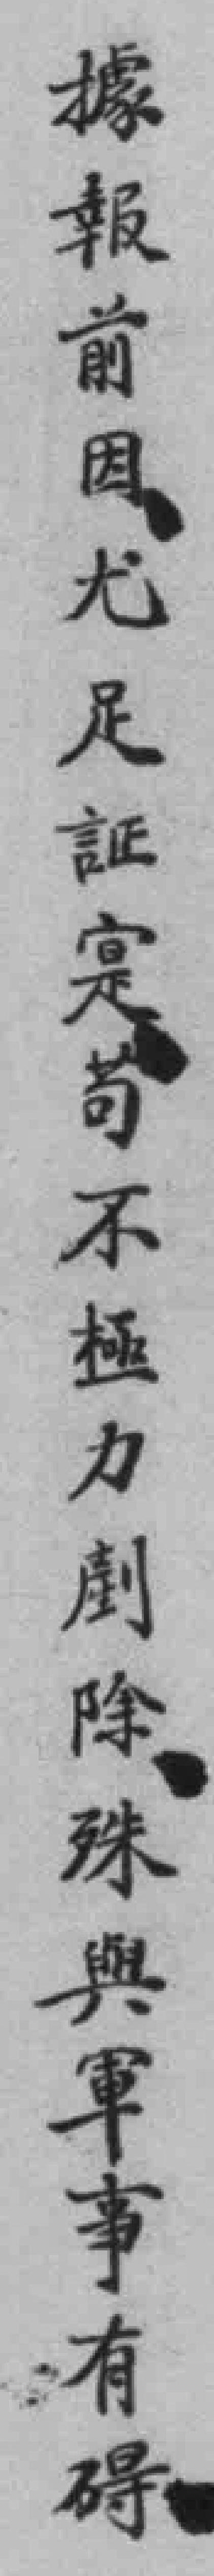
據報前因尤足証寔苟不極力劇除殊與軍事有碍